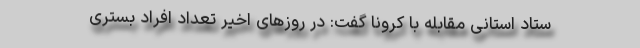
ستاد استانی مقابله با کرونا گفت: در روزهای اخیر تعداد افراد بستری